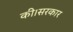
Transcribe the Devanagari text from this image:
की।सरकार